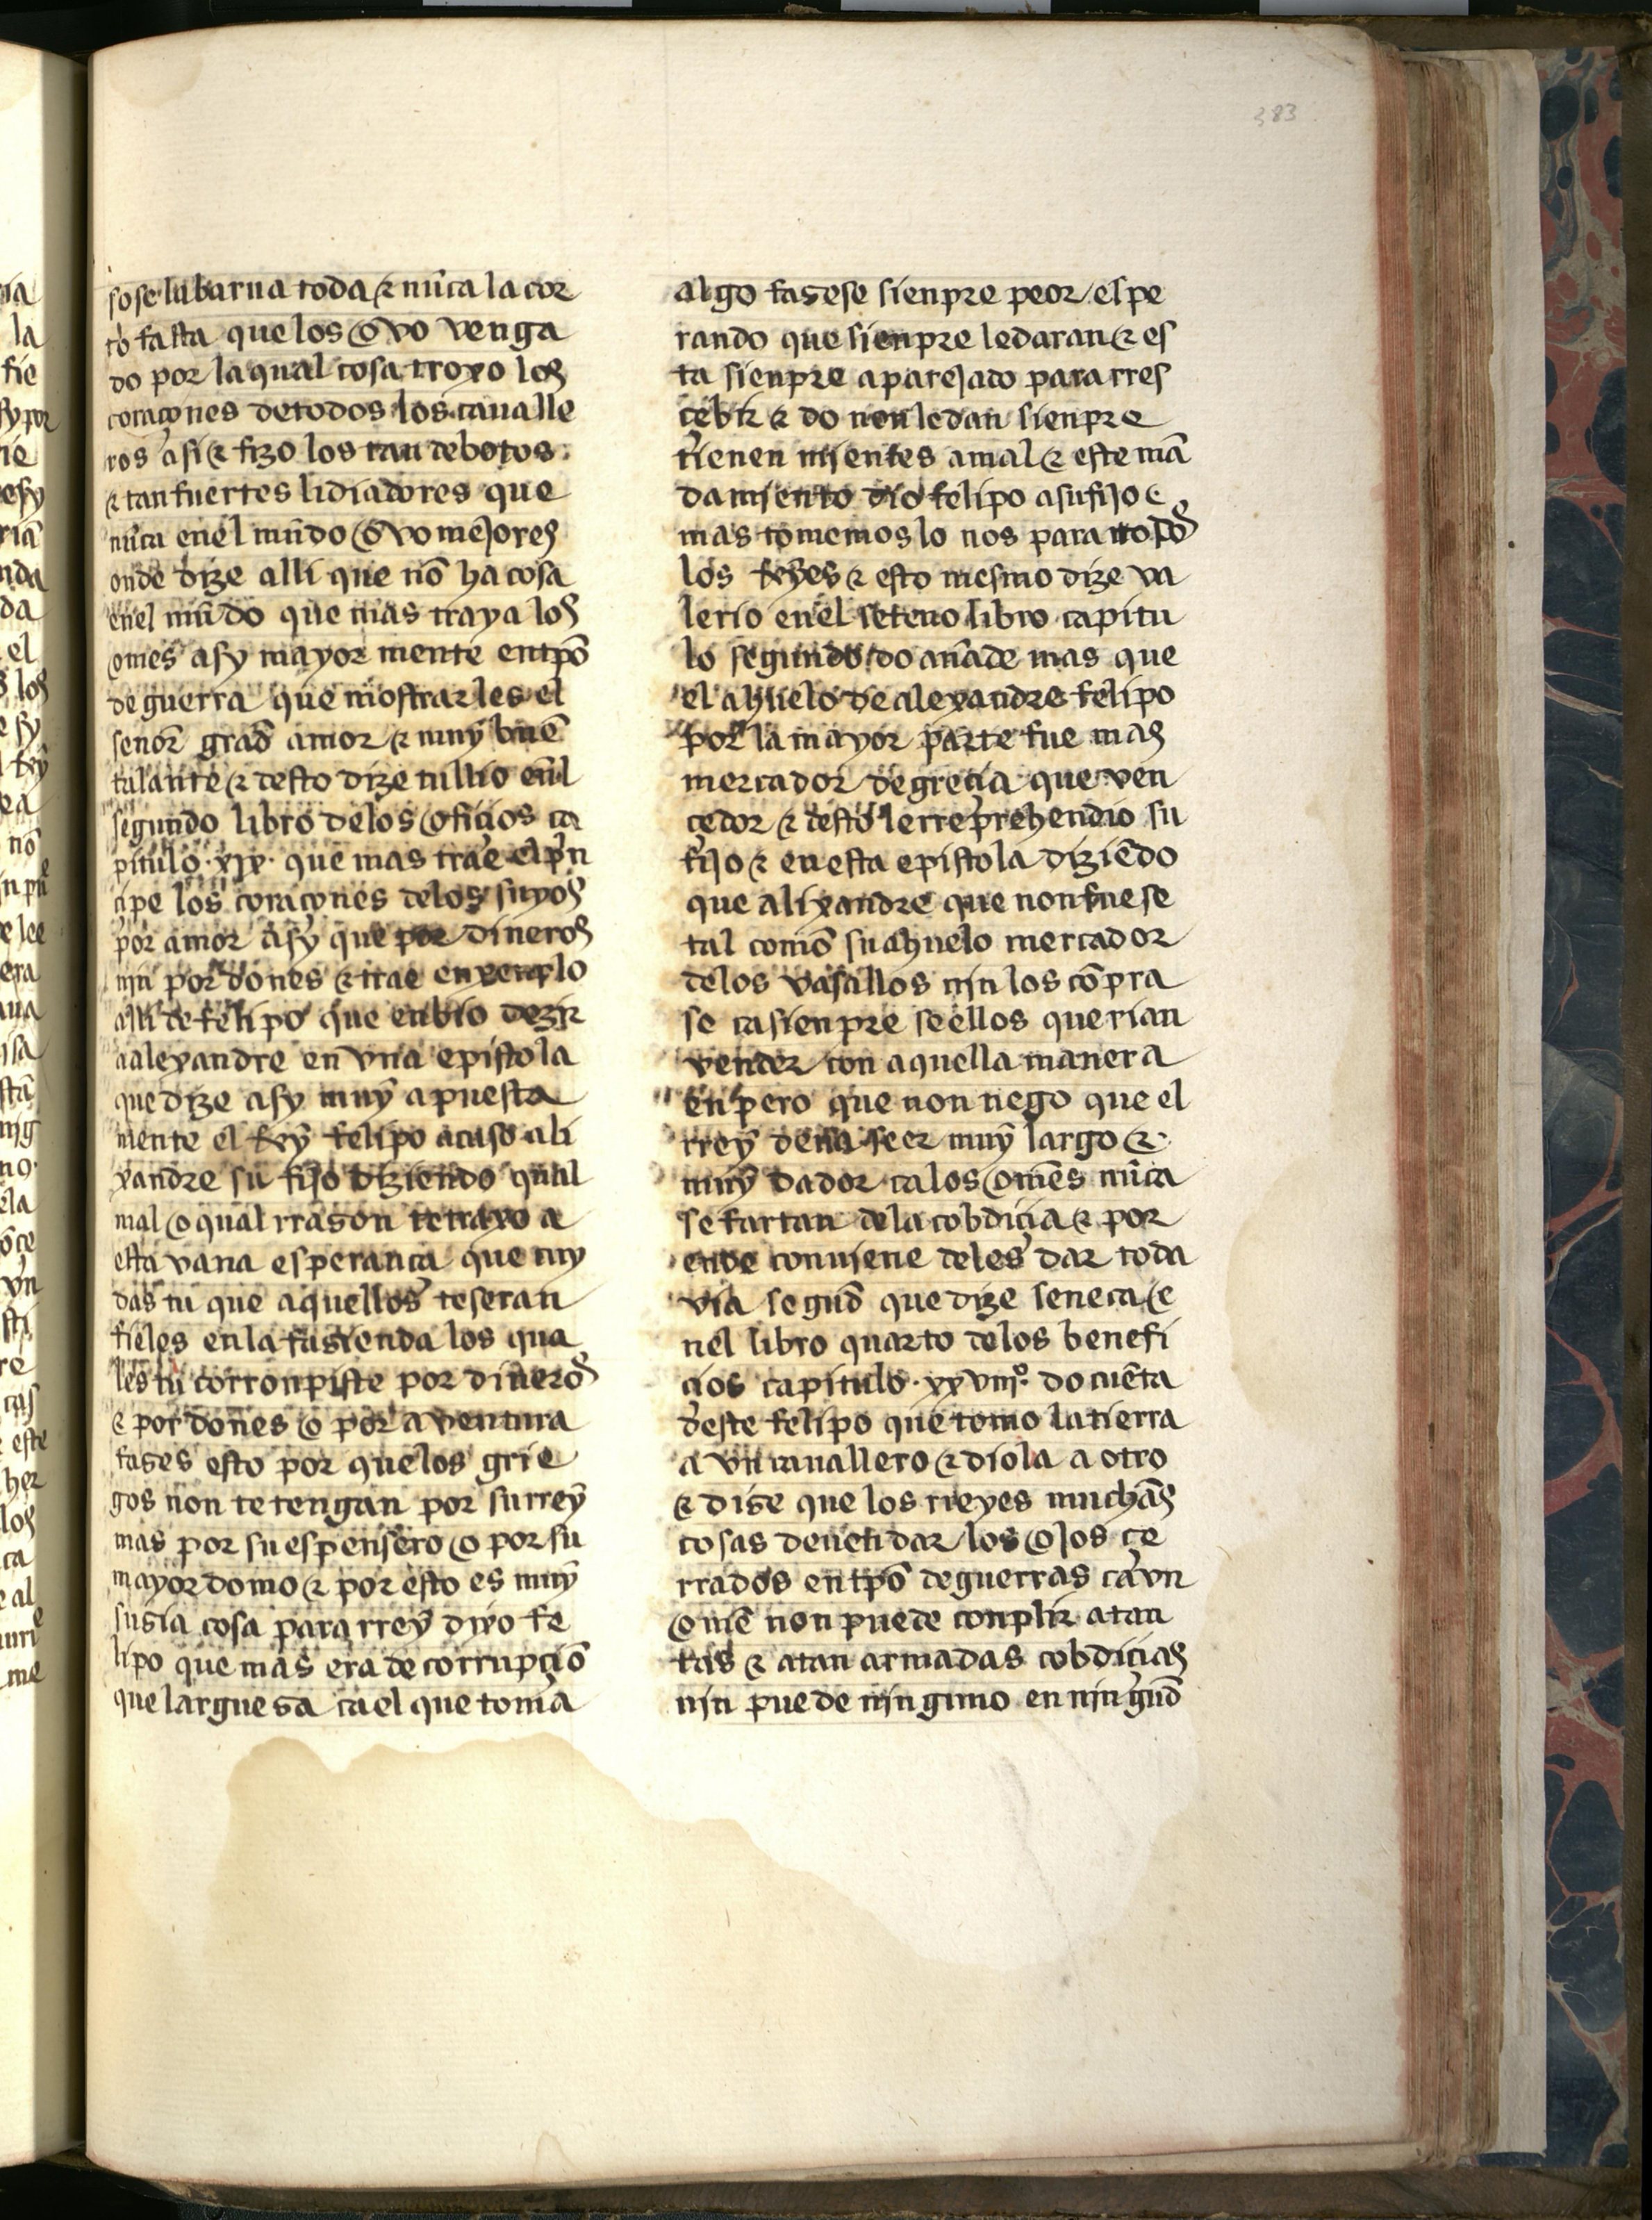
Shelfmark: Salamanca, Biblioteca Histórica USAL, 2709
Century: 15